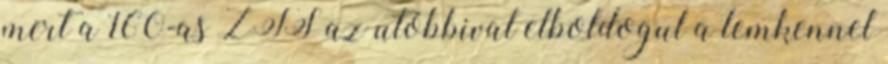
mert a 160-as ZTS az utóbbival elboldogul a lemkennel